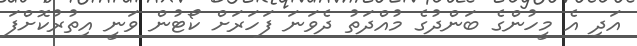
އަދި އެ މީހުންގެ ބަންދުގެ މުއްދަތު ދެވަނަ ފަހަރަށް ކޯޓުން ވަނީ އިތުރުކޮށްފަ